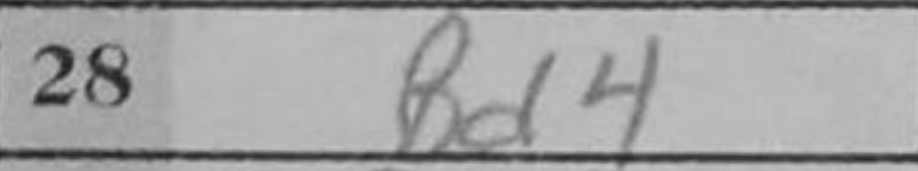
Transcription: Bd4